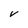
Character: V